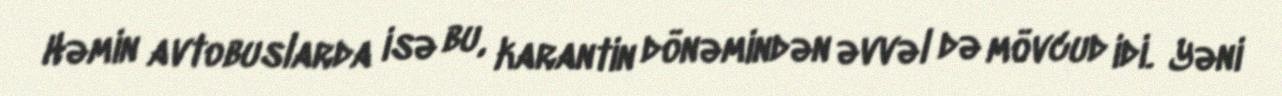
Həmin avtobuslarda isə bu, karantin dönəmindən əvvəl də mövcud idi. Yəni